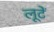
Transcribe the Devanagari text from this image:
लूटें